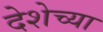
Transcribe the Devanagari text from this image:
देशेच्या